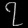
Digit: ၇